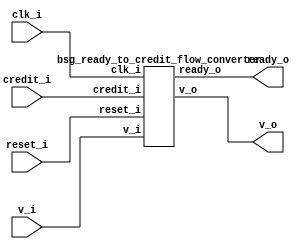


module top
(
  clk_i,
  reset_i,
  v_i,
  ready_o,
  v_o,
  credit_i
);

  input clk_i;
  input reset_i;
  input v_i;
  input credit_i;
  output ready_o;
  output v_o;

  bsg_ready_to_credit_flow_converter
  wrapper
  (
    .clk_i(clk_i),
    .reset_i(reset_i),
    .v_i(v_i),
    .credit_i(credit_i),
    .ready_o(ready_o),
    .v_o(v_o)
  );


endmodule



module bsg_counter_up_down_variable_max_val_p10_init_val_p0_max_step_p1
(
  clk_i,
  reset_i,
  up_i,
  down_i,
  count_o
);

  input [0:0] up_i;
  input [0:0] down_i;
  output [3:0] count_o;
  input clk_i;
  input reset_i;
  wire N0,N1,N2,N3,N4,N5,N6,N7,N8,N9,N10,N11,N12,N13,N14;
  reg [3:0] count_o;
  assign { N6, N5, N4, N3 } = count_o - down_i[0];
  assign { N10, N9, N8, N7 } = { N6, N5, N4, N3 } + up_i[0];
  assign { N14, N13, N12, N11 } = (N0)? { 1'b0, 1'b0, 1'b0, 1'b0 } : 
                                  (N1)? { N10, N9, N8, N7 } : 1'b0;
  assign N0 = reset_i;
  assign N1 = N2;
  assign N2 = ~reset_i;

  always @(posedge clk_i) begin
    if(1'b1) begin
      { count_o[3:0] } <= { N14, N13, N12, N11 };
    end 
  end


endmodule



module bsg_ready_to_credit_flow_converter
(
  clk_i,
  reset_i,
  v_i,
  ready_o,
  v_o,
  credit_i
);

  input clk_i;
  input reset_i;
  input v_i;
  input credit_i;
  output ready_o;
  output v_o;
  wire ready_o,v_o,N0,N1;
  wire [3:0] credit_cnt;
  wire [0:0] up;

  bsg_counter_up_down_variable_max_val_p10_init_val_p0_max_step_p1
  credit_counter
  (
    .clk_i(clk_i),
    .reset_i(reset_i),
    .up_i(up[0]),
    .down_i(v_o),
    .count_o(credit_cnt)
  );

  assign N0 = credit_cnt[2] | credit_cnt[3];
  assign N1 = credit_cnt[1] | N0;
  assign ready_o = credit_cnt[0] | N1;
  assign v_o = v_i & ready_o;
  assign up[0] = credit_i;

endmodule